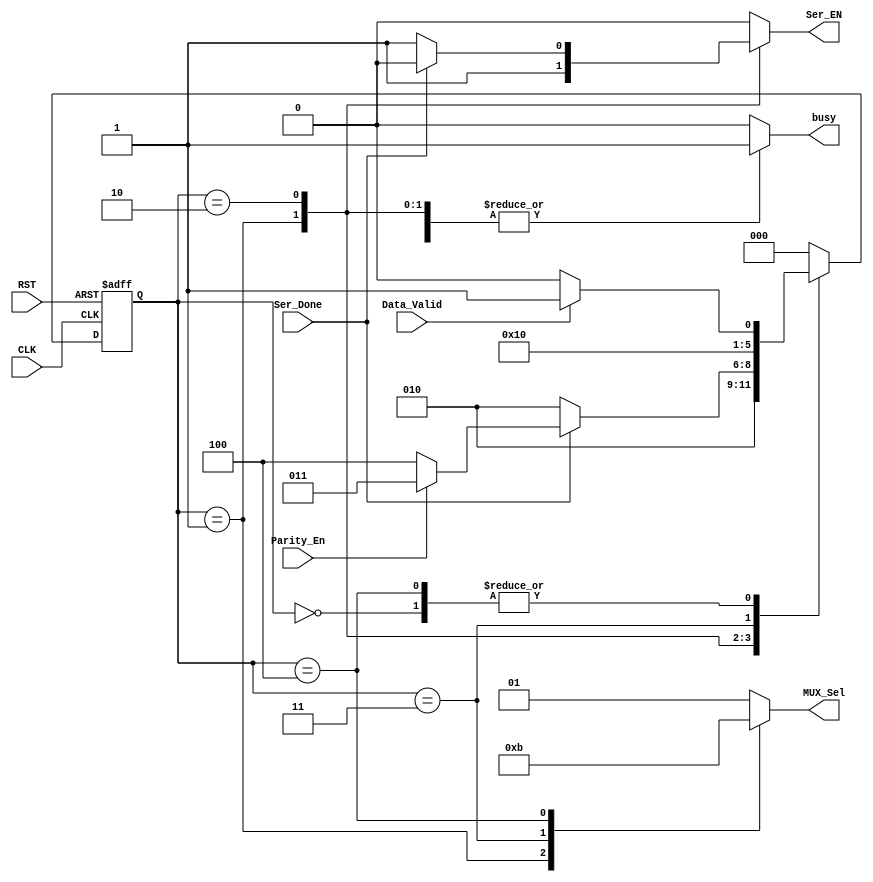
module UART_FSM(input wire Data_Valid,
input  wire Ser_Done,
input  wire Parity_En,
input  wire CLK,
input  wire RST,
output reg [1:0] MUX_Sel,
output reg busy,
output reg Ser_EN);
reg [2:0] Present_state,next_state;
localparam S0=3'b000,            //Ideal State
           S1=3'b001,           //Start bit State 
	   S2=3'b010,          //Serial Data State
	   S3=3'b011,         //Parity bit state
	   S4=3'b100;        //Stop bit State
always @(posedge CLK or negedge RST)
 begin
	if(!RST)
 	 begin
		Present_state<=S0;
	 end
	else
	 begin
		Present_state<=next_state;
	 end
 end 
always @(*)
 begin 
 case(Present_state)
   S0:begin
       if(Data_Valid)
        begin
	next_state=S1;	
        end 
       else
        begin
	next_state=S0;	
        end
      end
   S1:begin
	next_state=S2;
       end
   S2:begin
       if(!Ser_Done)
	begin
        	next_state=S2;
        end
       else if(Parity_En)
	begin
        	next_state=S3;
        end
       else
	begin
        	next_state=S4;
        end	
       end 
   S3:begin
        next_state=S4;
      end
   S4:begin
       if(Data_Valid)
        begin
	next_state=S1;	
        end 
       else
        begin
	next_state=S0;	
        end	
       end 
   default:begin
	next_state=S0;        
	   end
endcase
 end
always @(*)
 begin
  MUX_Sel=2'b01; 
  busy=1'b0;
  Ser_EN=1'b0;
 case (Present_state)
  S0:begin
     MUX_Sel=2'b01; 
     busy=1'b0;
     Ser_EN=1'b0;
     end 
  S1:begin
     MUX_Sel=2'b00; 
     busy=1'b1;
     Ser_EN=1'b1;
     end 
  S2:begin
     MUX_Sel=2'b01; 
     busy=1'b1;
     Ser_EN=1'b1;
     if(Ser_Done)
	begin
		Ser_EN=1'b0;
	end
     else
	begin
		Ser_EN=1'b1;
	end
     end
  S3:begin
     MUX_Sel=2'b10; 
     busy=1'b1;
     Ser_EN=1'b0;
      end 
  S4:begin
     MUX_Sel=2'b11; 
     busy=1'b1;
     Ser_EN=1'b0;
     end 
  default:begin
     MUX_Sel=2'b01; 
     busy=1'b0;
     Ser_EN=1'b0;
     end  
 endcase
 end
endmodule